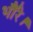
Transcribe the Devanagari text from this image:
भौंरे।